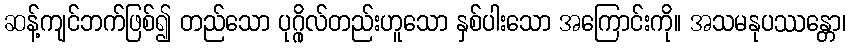
ဆန့်ကျင်ဘက်ဖြစ်၍ တည်သော ပုဂ္ဂိုလ်တည်းဟူသော နှစ်ပါးသော အကြောင်းကို။ အသမနုပဿန္တော၊